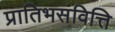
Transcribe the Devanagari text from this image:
प्रातिभसंवित्ति